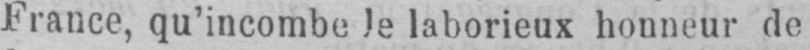
France, qu’incombe le laborieux honneur de